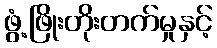
ဖွံ့ဖြိုးတိုးတက်မှုနှင့်